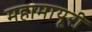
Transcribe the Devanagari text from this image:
महामायूरी